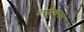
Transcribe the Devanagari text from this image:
नरशेश्‍वराचे